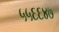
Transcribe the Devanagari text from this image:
५५६६४७